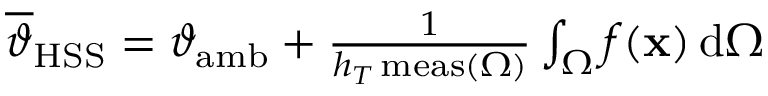
\begin{array} { r } { \overline { { \vartheta } } _ { \mathrm { H S S } } = \vartheta _ { \mathrm { a m b } } + \frac { 1 } { h _ { T } \, \mathrm { m e a s } ( \Omega ) } \int _ { \Omega } f ( \mathbf { x } ) \, \mathrm { d } \Omega } \end{array}